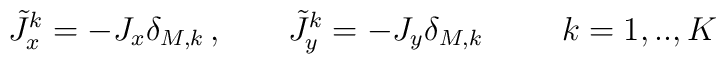
\tilde{J}_{x}^{k} = - J_{x} \delta_{M,k} \, , \hspace{8mm}\tilde{J}_{y}^{k} = - J_{y} \delta_{M,k}\hspace{1cm} k=1,..,K